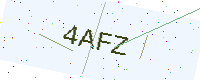
Text: 4AFZ